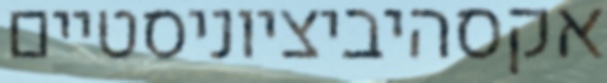
אקסהיביציוניסטיים